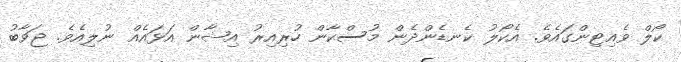
ކޯލް ވެއިޓިންގައެވެ. އެކޯލު ކެނޑެންދެން މުސްކާން ހުރިއިރު އިޝާން އަޅައެއް ނުލިއެވެ. ޖަވާބު